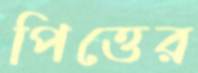
পিত্তের